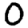
Digit: 0